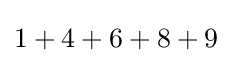
1+4+6+8+9